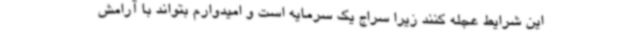
این شرایط عجله کنند زیرا سراج یک سرمایه است و امیدوارم بتواند با آرامش